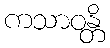
ကသာဝန္တိ